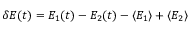
\delta E ( t ) = E _ { 1 } ( t ) - E _ { 2 } ( t ) - \langle E _ { 1 } \rangle + \langle E _ { 2 } \rangle